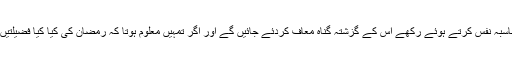
جس شخص نے رمضان کے روزے ایمان کی حالت میں رکھے اور اپنامحاسبہ نفس کرتے ہوئے رکھے اس کے گزشتہ گناہ معاف کردئے جائیں گے اور اگر تمہیں معلوم ہوتا کہ رمضان کی کیا کیا فضیلتیں ہیں تو تم ضرور اس بات کے خواہشمند ہوتے کہ سارا سال ہی رمضان ہو۔